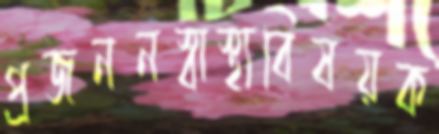
প্রজননস্বাস্থ্যবিষয়ক